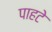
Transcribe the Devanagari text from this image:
पाहटे